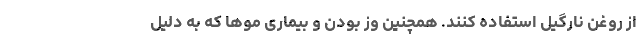
از روغن نارگیل استفاده کنند. همچنین وز بودن و بیماری مو­ها که به دلیل